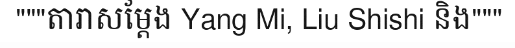
"""តារាសម្តែង Yang Mi, Liu Shishi និង"""